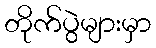
တိုက်ပွဲများမှာ